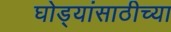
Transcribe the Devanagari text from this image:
घोड्यांसाठीच्या